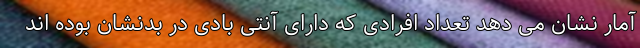
آمار نشان می دهد تعداد افرادی که دارای آنتی بادی در بدنشان بوده اند